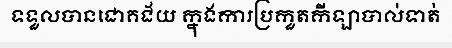
ទទួលបានជោគជ័យ ក្នុងការប្រកួតកីឡាបាល់ទាត់